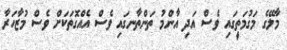
މާލޭގެ މަގުމަތީގައި ވެސް އަދި އާންމު ތަންތާނގައި ވެސް އެއްގޮތަކަށް ވެސް މުޒާހަރާ